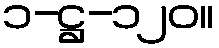
၁-ဋ္ဌ-၁၂၀။